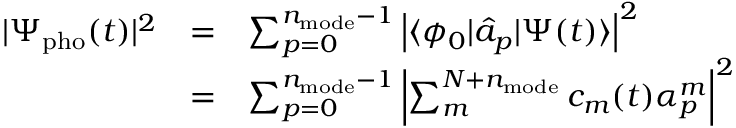
\begin{array} { c c l } { | \Psi _ { \mathrm { p h o } } ( t ) | ^ { 2 } } & { = } & { \sum _ { p = 0 } ^ { n _ { \mathrm { m o d e } } - 1 } \left| \langle \phi _ { 0 } | \hat { a } _ { p } | \Psi ( t ) \rangle \right| ^ { 2 } } \\ & { = } & { \sum _ { p = 0 } ^ { n _ { \mathrm { m o d e } } - 1 } \left| \sum _ { m } ^ { N + n _ { \mathrm { m o d e } } } c _ { m } ( t ) \alpha _ { p } ^ { m } \right| ^ { 2 } } \end{array}